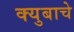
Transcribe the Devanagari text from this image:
क्युबाचे